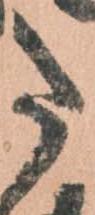
た